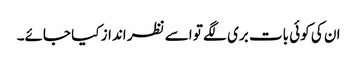
ان کی کوئی بات بری لگے تو اسے نظر انداز کیا جائے۔